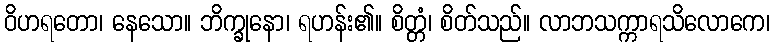
ဝိဟရတော၊ နေသော။ ဘိက္ခုနော၊ ရဟန်း၏။ စိတ္တံ၊ စိတ်သည်။ လာဘသက္ကာရသိလောကေ၊